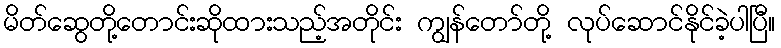
မိတ်ဆွေတို့တောင်းဆိုထားသည့်အတိုင်း ကျွန်တော်တို့ လုပ်ဆောင်နိုင်ခဲ့ပါပြီ။